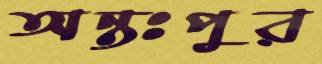
অন্তঃপুর